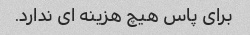
برای پاس هیچ هزینه ای ندارد.